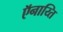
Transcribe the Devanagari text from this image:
ऍनाय्ति